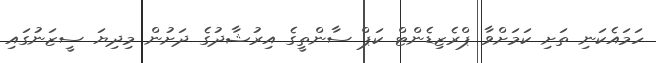
ހަމައެކަނި ތަށި ކަމަށްވާ ޕްރެޒިޑެންޓް ކަޕް ސާންތީގެ އިރުޝާދުގެ ދަށުން މިދިޔަ ސީޒަނުގައި